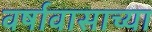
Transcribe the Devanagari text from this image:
वर्षावासाच्या